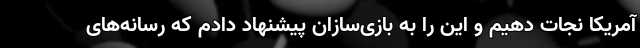
آمریکا نجات دهیم و این را به بازی‌سازان پیشنهاد دادم که رسانه‌های